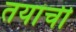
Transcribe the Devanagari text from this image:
तयांची